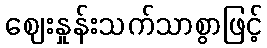
ဈေးနှုန်းသက်သာစွာဖြင့်